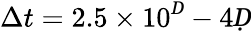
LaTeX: \Delta t=2.5\times 10^{Ḋ}-4Ḍ